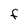
Character: F